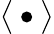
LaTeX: \big\langle\bullet\big\rangle